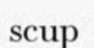
scup